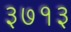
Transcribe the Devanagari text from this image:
३७१३